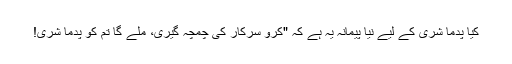
کیا پدما شری کے لیے نیا پیمانہ یہ ہے کہ "کرو سرکار کی چمچہ گیری، ملے گا تم کو پدما شری!